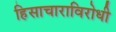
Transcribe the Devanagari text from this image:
हिसाचाराविरोधी